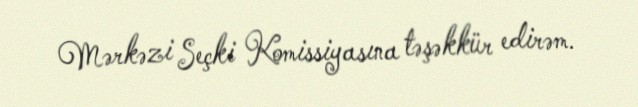
Mərkəzi Seçki Komissiyasına təşəkkür edirəm.